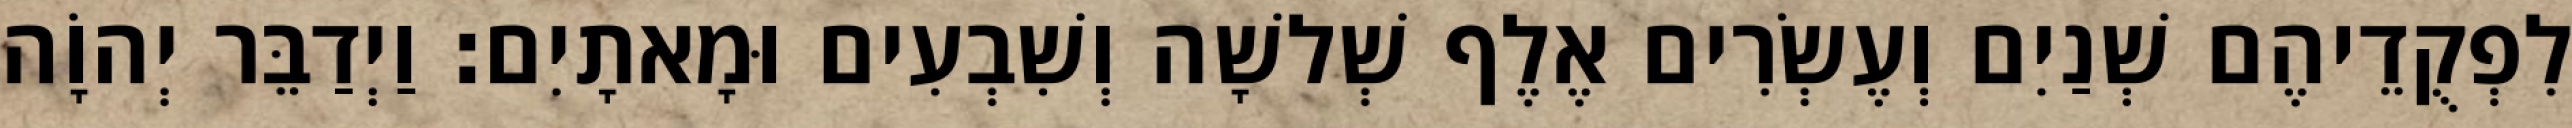
לִפְקֻדֵיהֶם שְׁנַיִם וְעֶשְׂרִים אֶלֶף שְׁלשָׁה וְשִׁבְעִים וּמָאתָיִם׃ וַיְדַבֵּר יְהוָֹה